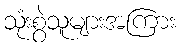
သုံးစွဲသူများအကြား